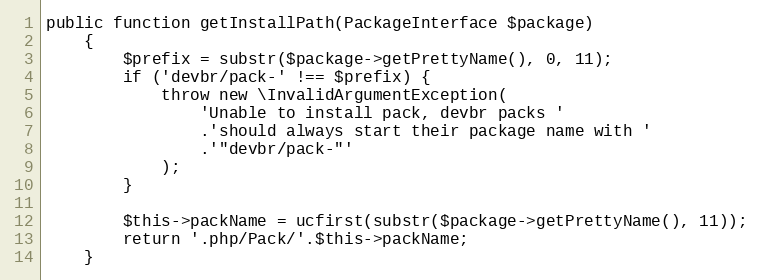
Language: PHP
public function getInstallPath(PackageInterface $package)
    {
        $prefix = substr($package->getPrettyName(), 0, 11);
        if ('devbr/pack-' !== $prefix) {
            throw new \InvalidArgumentException(
                'Unable to install pack, devbr packs '
                .'should always start their package name with '
                .'"devbr/pack-"'
            );
        }

        $this->packName = ucfirst(substr($package->getPrettyName(), 11));
        return '.php/Pack/'.$this->packName;
    }